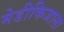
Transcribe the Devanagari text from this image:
मेडीकिजाला